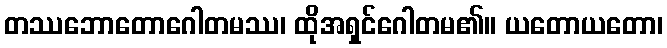
တဿဘောတောဂေါတမဿ၊ ထိုအရှင်ဂေါတမ၏။ ယတောယတော၊